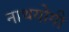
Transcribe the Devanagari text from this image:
नाथयोगी